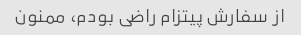
از سفارش پیتزام راضی بودم، ممنون